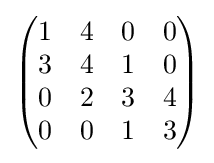
{\begin{pmatrix}1&4&0&0\\3&4&1&0\\0&2&3&4\\0&0&1&3\\\end{pmatrix}}